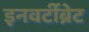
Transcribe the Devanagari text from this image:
इनवर्टीब्रेट